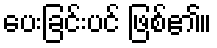
ပေးခြင်းပင် ဖြစ်၏။